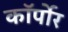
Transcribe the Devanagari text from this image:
कॉर्पोर